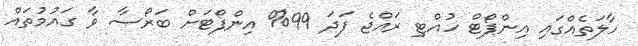
ހާލަތެއްގައި އިންޕޯޓް ހުއްޓި ރައްޖެ ފަދަ 99% އިންޕޯޓަށް ބަރޯސާ ވާ ގައުމުތައް